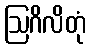
ဩဂိလိတုံ